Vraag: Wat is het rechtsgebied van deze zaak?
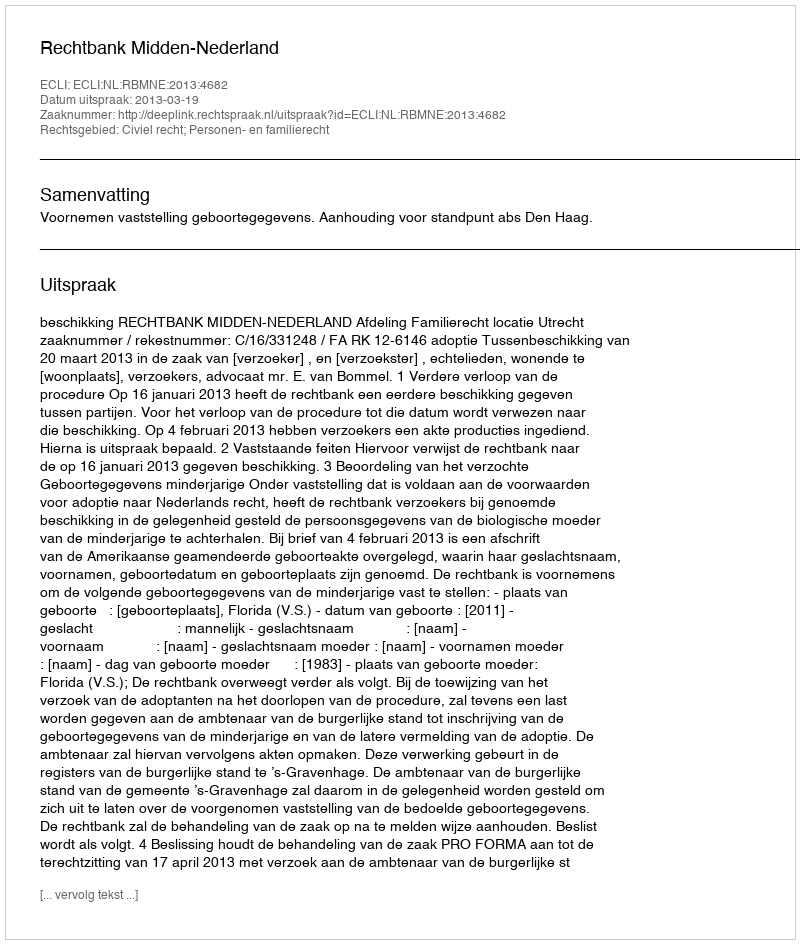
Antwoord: Civiel recht; Personen- en familierecht